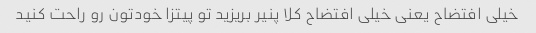
خیلی افتضاح یعنی خیلی افتضاح کلا پنیر بریزید تو پیتزا خودتون رو راحت کنید